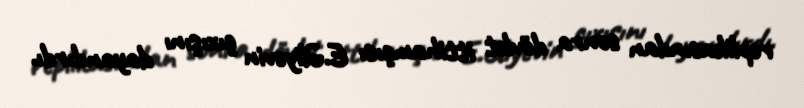
replikasından sonra dövlət ittihamçısı E.Əliyevin çıxışını dayandırdı.